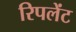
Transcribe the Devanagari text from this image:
रिपलेंट